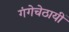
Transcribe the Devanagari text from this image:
गंगेचेठायीं